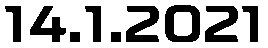
14.1.2021